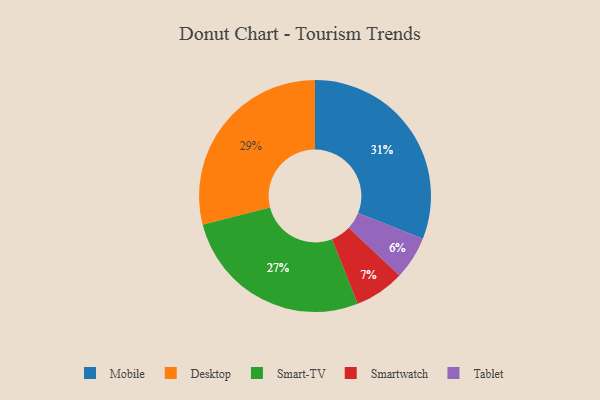
{"axis": {"x": "Category", "y": "Percentage"}, "legend": ["Desktop", "Mobile", "Smart-TV", "Smartwatch", "Tablet"], "data": [{"x": "Smartwatch", "y": 7, "type": "Smartwatch"}, {"x": "Desktop", "y": 29, "type": "Desktop"}, {"x": "Tablet", "y": 6, "type": "Tablet"}, {"x": "Mobile", "y": 31, "type": "Mobile"}, {"x": "Smart-TV", "y": 27, "type": "Smart-TV"}]}